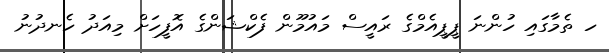
ހ ތެމާގައި ހުންނަ ޕީޕީއެމްގެ ރައީސް މައުމޫން ފެކްޝަންގެ އޮފީހަށް މިއަދު ހެނދުނު